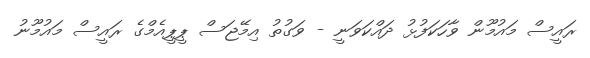
ރައީސް މައުމޫން ވާހަކަފުޅު ދައްކަވަނީ - ވަގުތު އިމޭޖަސް ޕީޕީއެމްގެ ރައީސް މައުމޫނު